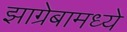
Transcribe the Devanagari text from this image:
झाग्रेबामध्ये